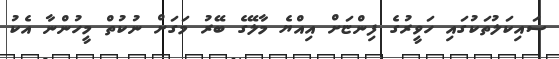
ސައިކަލުތަކުގައި ހަވީރުގެ ފިންޏަށް އިއްޔެ މާލޭގެ ބޭރު މަގަށް ނުކުތް މީހުންނާ އެކު